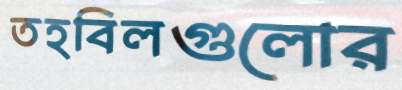
তহবিলগুলোর